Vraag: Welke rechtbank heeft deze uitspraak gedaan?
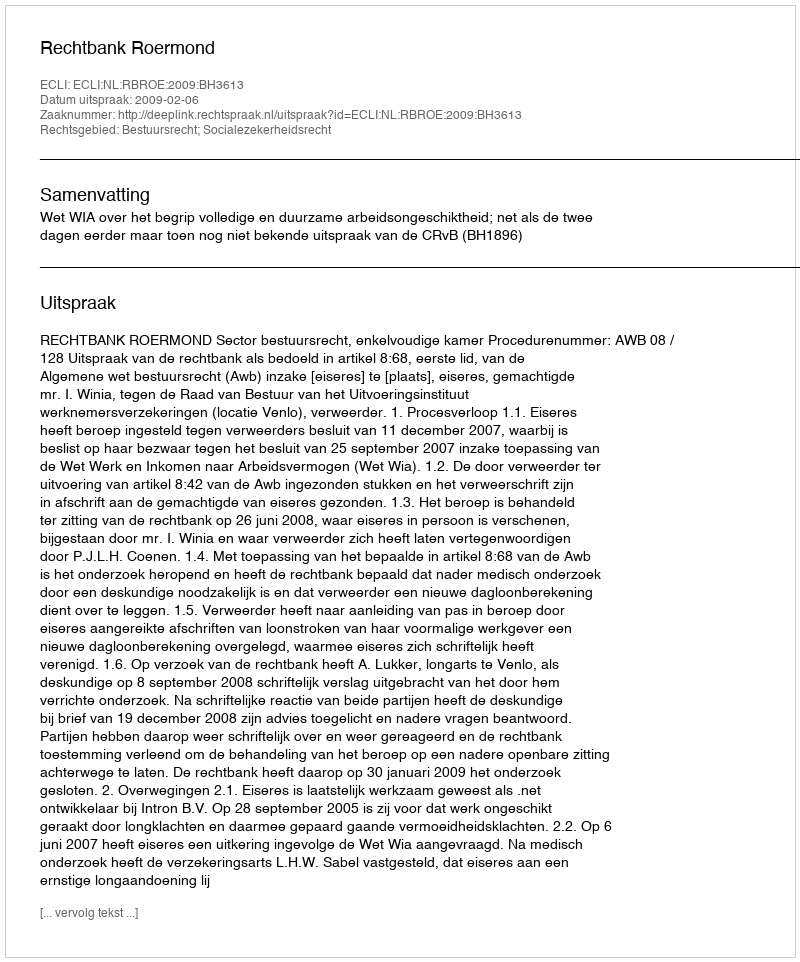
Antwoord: Rechtbank Roermond